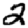
Digit: 2